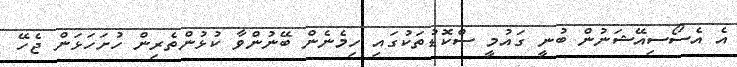
އެ އެސޯސިއޭޝަނުން ބުނީ ގައުމީ ސްކޮޑުތަކުގައި ހިމެނެން ބޭނުންވާ ކުޅުންތެރިން ހުށަހަޅަން ޖެހޭ